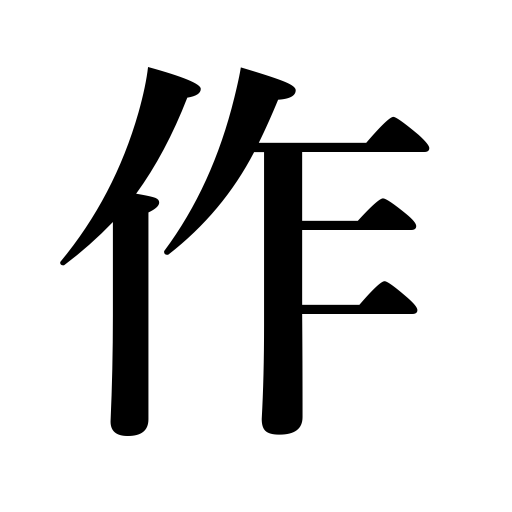
Meanings: harvest,a production,ridge in a field,tillage,a work